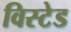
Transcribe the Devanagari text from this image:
विस्टेड